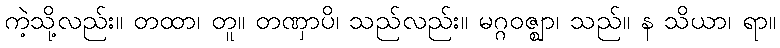
ကဲ့သို့လည်း။ တထာ၊ တူ။ တဏှာပိ၊ သည်လည်း။ မဂ္ဂဝဇ္ဈာ၊ သည်။ န သိယာ၊ ရာ။